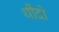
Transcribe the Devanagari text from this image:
थींदो